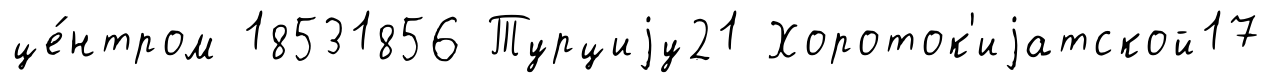
це́нтром 18531856 Турциjу21 Хороток'иjатской17